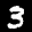
Digit: 3